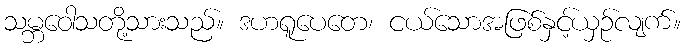
သမ္ဘဝေါသတို့သားသည်။ ဒဟရူပေတေ၊ ငယ်သောအဖြစ်နှင့်ယှဉ်လျက်။